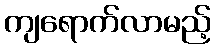
ကျရောက်လာမည့်